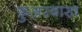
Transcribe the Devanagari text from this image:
फ़ुअरबाख